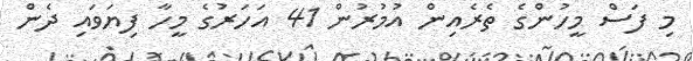
މި ފަސް މީހުންގެ ތެރެއިން އުމުރުން 41 އަހަރުގެ މީހާ ފިޔަވައި ދެން